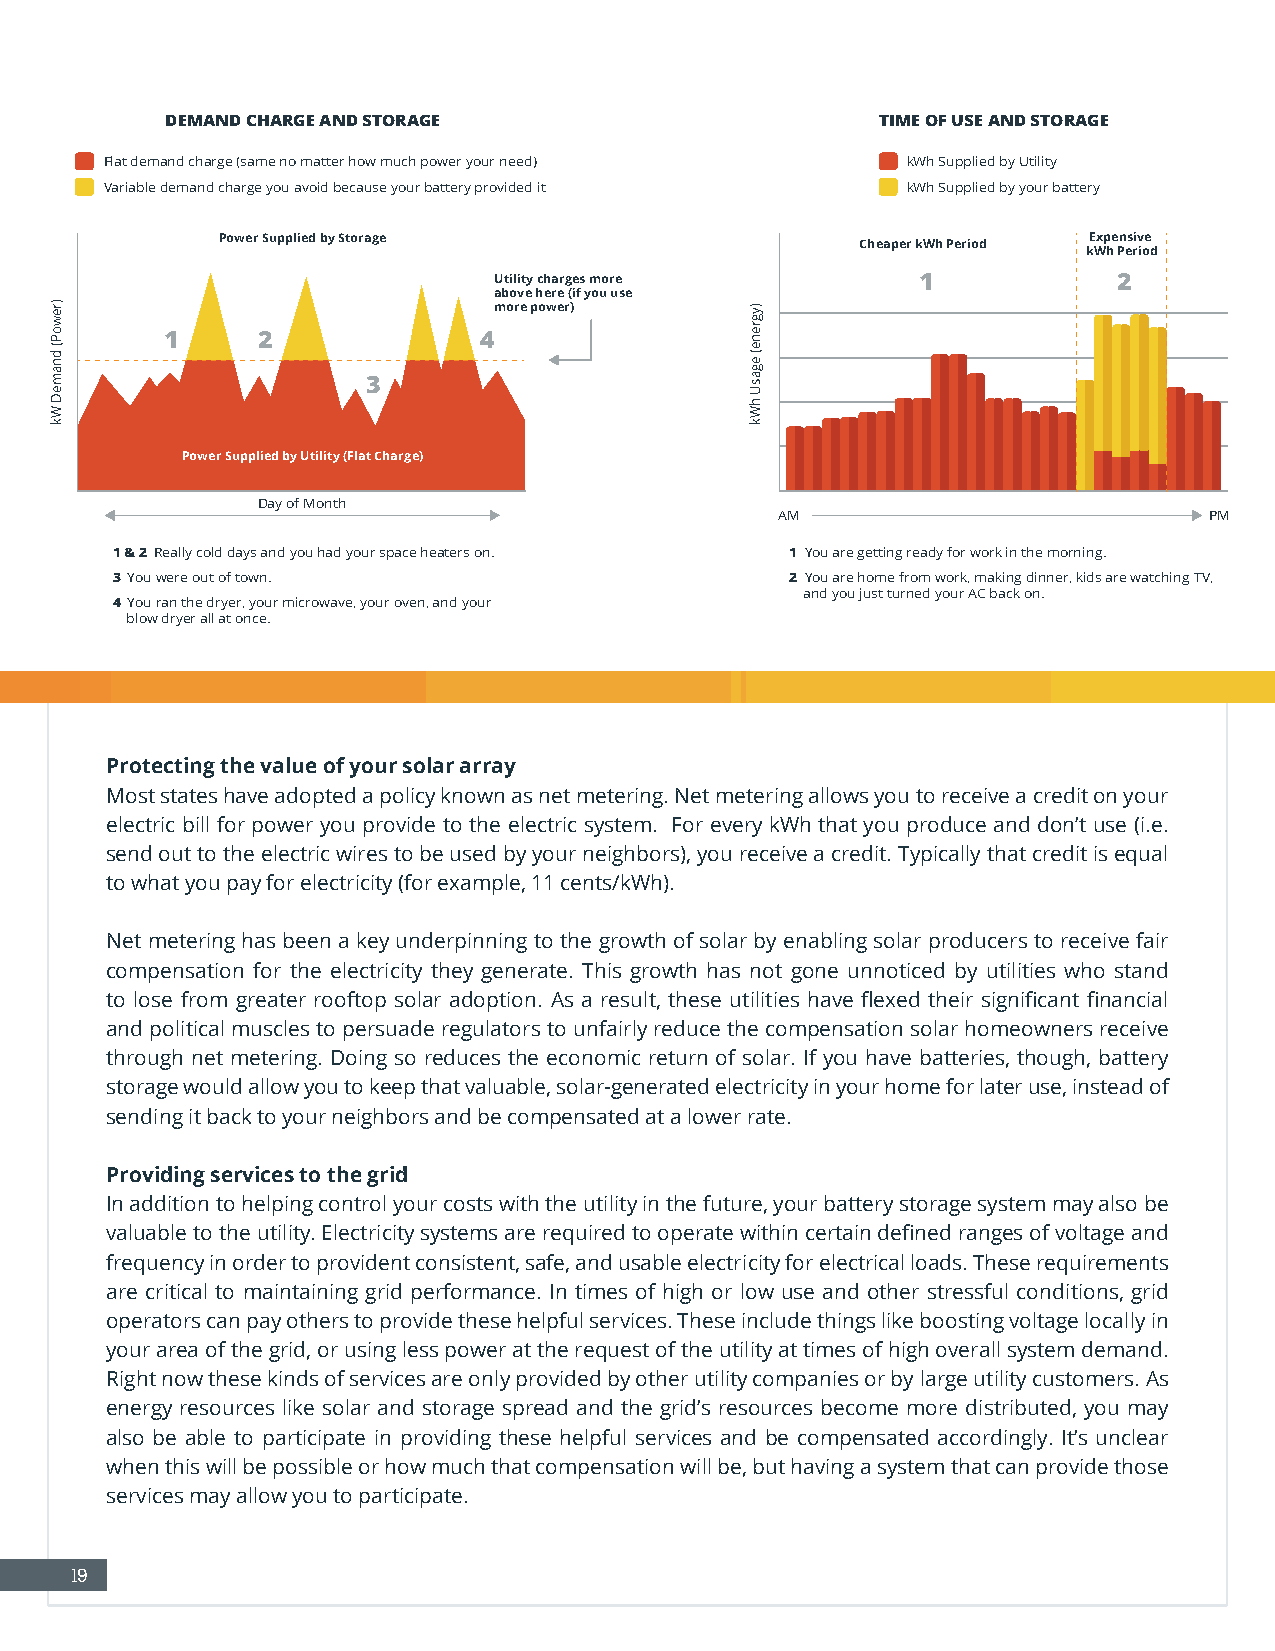
DEMAND CHARGE AND STORAGE                      TIME OF USE AND STORAGE
 Flat demand charge (same no matter how much power your need) kWh Supplied by Utility
 Variable demand charge you avoid because your battery provided it kWh Supplied by your battery
 Power Supplied by Storage                                 Expensive
 Cheaper kWh Period
 kWh Period
 Utility charges more        1            2
 above here (if you use
 more power)
 1     2              4
 3
 Power Supplied by Utility (Flat Charge)
 Day of Month
 AM                          PM
 1 & 2 Really cold days and you had your space heaters on. 1 You are getting ready for work in the morning.
 3 You were out of town.                      2 You are home from work, making dinner, kids are watching TV,
 and you just turned your AC back on.
 4 You ran the dryer, your microwave, your oven, and your
 blow dryer all at once.
 Protecting the value of your solar array
 Most states have adopted a policy known as net metering. Net metering allows you to receive a credit on your
 electric bill for power you provide to the electric system. For every kWh that you produce and don’t use (i.e.
 send out to the electric wires to be used by your neighbors), you receive a credit. Typically that credit is equal
 to what you pay for electricity (for example, 11 cents/kWh).
 Net metering has been a key underpinning to the growth of solar by enabling solar producers to receive fair
 compensation for the electricity they generate. This growth has not gone unnoticed by utilities who stand
 to lose from greater rooftop solar adoption. As a result, these utilities have flexed their significant financial
 and political muscles to persuade regulators to unfairly reduce the compensation solar homeowners receive
 through net metering. Doing so reduces the economic return of solar. If you have batteries, though, battery
 storage would allow you to keep that valuable, solar-generated electricity in your home for later use, instead of
 sending it back to your neighbors and be compensated at a lower rate.
 Providing services to the grid
 In addition to helping control your costs with the utility in the future, your battery storage system may also be
 valuable to the utility. Electricity systems are required to operate within certain defined ranges of voltage and
 frequency in order to provident consistent, safe, and usable electricity for electrical loads. These requirements
 are critical to maintaining grid performance. In times of high or low use and other stressful conditions, grid
 operators can pay others to provide these helpful services. These include things like boosting voltage locally in
 your area of the grid, or using less power at the request of the utility at times of high overall system demand.
 Right now these kinds of services are only provided by other utility companies or by large utility customers. As
 energy resources like solar and storage spread and the grid’s resources become more distributed, you may
 also be able to participate in providing these helpful services and be compensated accordingly. It’s unclear
 when this will be possible or how much that compensation will be, but having a system that can provide those
 services may allow you to participate.
 19
 )rewoP(
 dnameD
 Wk
 )ygrene(
 egasU
 hWk